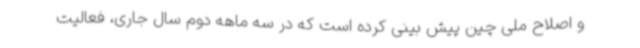
و اصلاح ملی چین پیش بینی کرده است که در سه ماهه دوم سال جاری، فعالیت